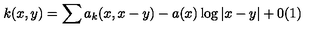
k ( x , y ) = \sum a _ { k } ( x , x - y ) - a ( x ) \log \vert x - y \vert + 0 ( 1 )